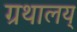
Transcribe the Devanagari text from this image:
ग्रथालय्